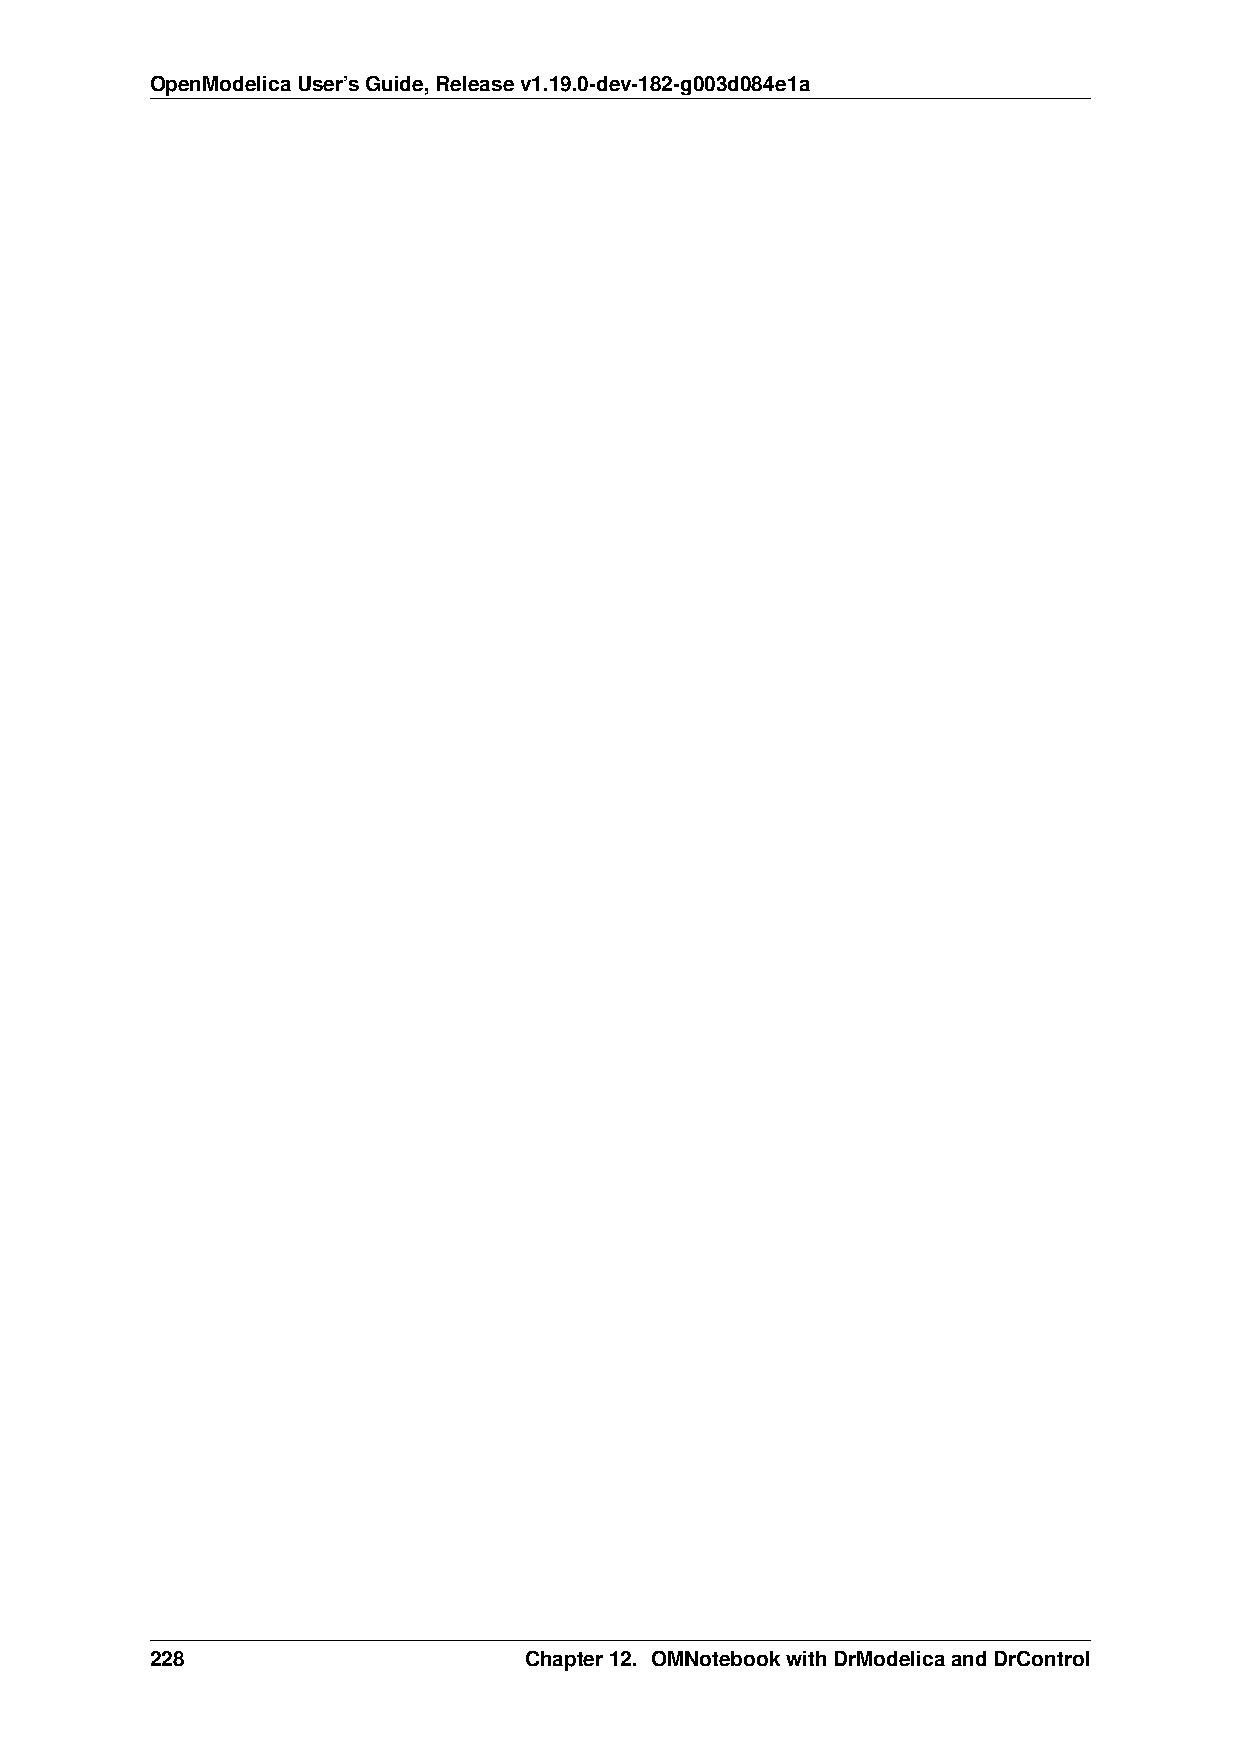
OpenModelicaUser’sGuide,Releasev1.19.0-dev-182-g003d084e1a
 228                      Chapter12. OMNotebookwithDrModelicaandDrControl